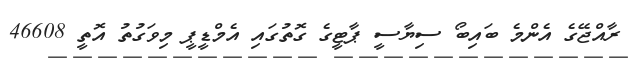
ރާއްޖޭގެ އެންމެ ބައިބޯ ސިޔާސީ ޕާޓީގެ ގޮތުގައި އެމްޑީޕީ މިވަގުތު އޮތީ 46608